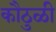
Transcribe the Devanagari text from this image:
कौठुळी